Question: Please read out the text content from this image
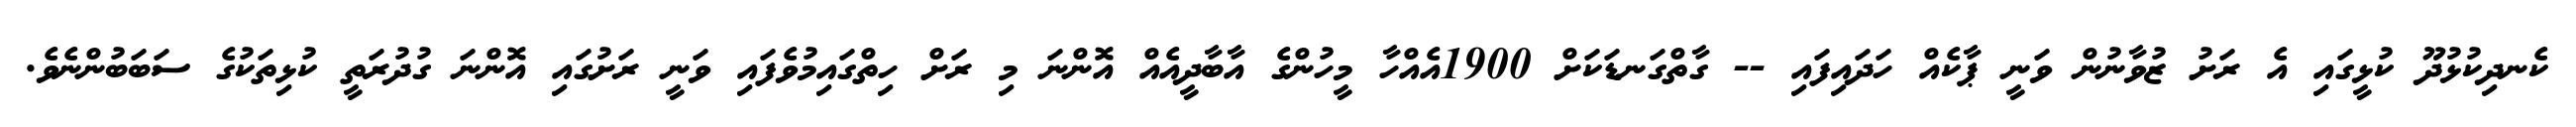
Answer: ކެނދިކުޅުދޫ ކުޅީގައި އެ ރަށު ޒުވާނުން ވަނީ ޕާކެއް ހަދައިފައި -- ގާތްގަނޑަކަށް 1900އެއްހާ މީހުންގެ އާބާދީއެއް އޮންނަ މި ރަށް ހިތްގައިމުވެފައި ވަނީ ރަށުގައި އޮންނަ ގުދުރަތީ ކުޅިތަކުގެ ސަބަބުންނެވެ.